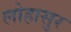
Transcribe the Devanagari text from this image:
लोहासुर